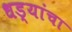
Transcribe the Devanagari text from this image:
धड्यांचा